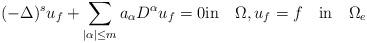
LaTeX: \begin{align*}(-\Delta)^s u_f + \sum_{|\alpha|\leq m} a_\alpha D^\alpha u_f & = 0 \mbox{in} \quad\Omega, u_f = f \quad\mbox{in} \quad\Omega_e\end{align*}